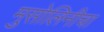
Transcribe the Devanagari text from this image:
मुसोलिनीचा